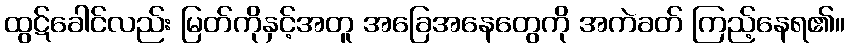
ထွဋ်ခေါင်လည်း မြတ်ကိုနှင့်အတူ အခြေအနေတွေကို အကဲခတ် ကြည့်နေရ၏။